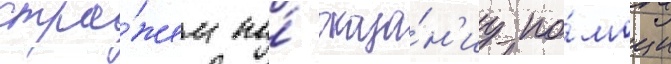
стра́жем по́ оказа́н'иу по́мощи